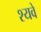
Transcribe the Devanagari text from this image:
श्यवे